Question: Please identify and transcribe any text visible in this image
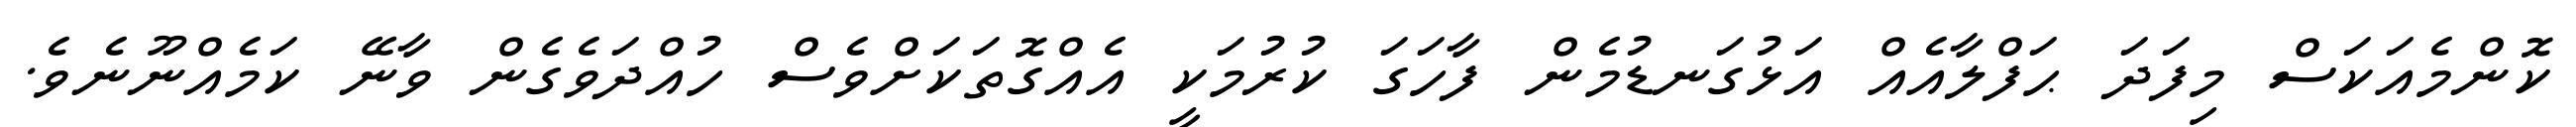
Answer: ކޮންމެއަކަސް މިފަދަ ޙަފްލާއެއް އަޅުގަނޑުމެން ފާހަގަ ކުރުމަކީ އެއްގޮތަކަށްވެސް ހުއްދަވެގެން ވާނޭ ކަމެއްނޫނެވެ.